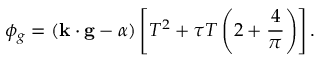
\phi _ { g } = \left( \mathbf { k \cdot g } - \alpha \right) \left[ T ^ { 2 } + \tau T \left( 2 + \frac { 4 } { \pi } \right) \right] .